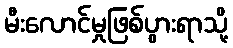
မီးလောင်မှုဖြစ်ပွားရာသို့